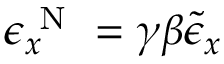
\epsilon _ { x } ^ { \mathrm { ~ N ~ } } = \gamma \beta \tilde { \epsilon } _ { x }